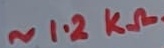
Text: ~1.2KΩ